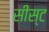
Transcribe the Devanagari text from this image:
सीस्ट